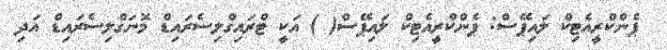
ޕެންކްރީއެޓިކް ލައިޕޭސް: ޕެންކްރީއެޓިކް ލައިޕޭސް( ) އަކީ ޓްރައިގްލިސެރައިޑް މޮނަގްލިސެރައިޑް އަދި